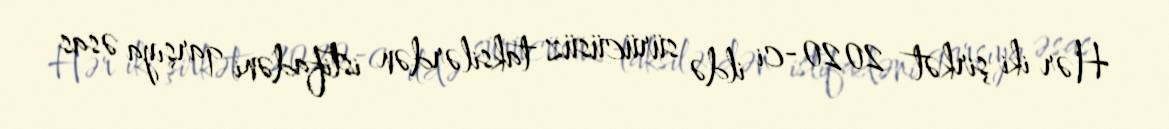
Hər iki şirkət 2020-ci ildə sürücüsüz taksilərdən istifadəni qarşıya əsas